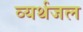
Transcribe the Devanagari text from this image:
व्यर्थजल